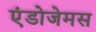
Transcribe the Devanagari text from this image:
एंडोजेमस